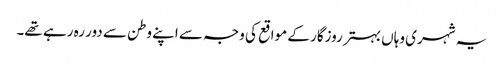
یہ شہری وہاں بہتر روزگار کے مواقع کی وجہ سے اپنے وطن سے دور رہ رہے تھے۔